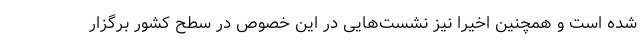
شده است و همچنین اخیرا نیز نشست‌هایی در این خصوص در سطح کشور برگزار